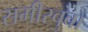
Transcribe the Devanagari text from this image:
समीरबुवा